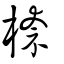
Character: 㮈